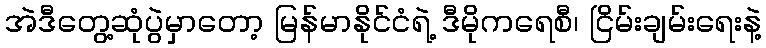
အဲဒီတွေ့ဆုံပွဲမှာတော့ မြန်မာနိုင်ငံရဲ့ ဒီမိုကရေစီ၊ ငြိမ်းချမ်းရေးနဲ့